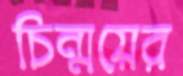
চিন্ময়ের